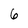
Character: 6